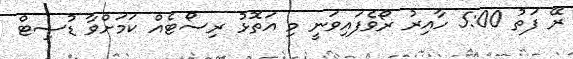
ރޭ ފަތު 5:00 ހާއިރު ރޯވެފައިވަނީ މި އަތޮޅު ރިސޯޓެއް ކަމަށްވާ ޑުސިޓް